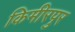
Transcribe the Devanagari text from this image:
किमीरपुर